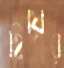
হিয়ের